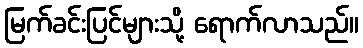
မြက်ခင်းပြင်များသို့ ရောက်လာသည်။